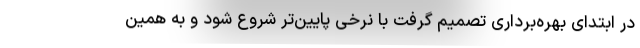
در ابتدای بهره‌برداری تصمیم گرفت با نرخی پایین‌تر شروع شود و به همین